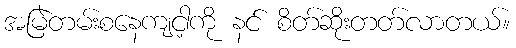
အမြဲတမ်းစနေကျငါ့ကို နင် စိတ်ဆိုးတတ်လာတယ်။